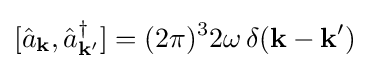
[{\hat {a}}_{\mathbf {k} },{\hat {a}}_{\mathbf {k} '}^{\dagger }]=(2\pi )^{3}2\omega \,\delta (\mathbf {k} -\mathbf {k} ')